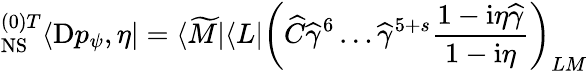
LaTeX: {}_{\mathrm{NS}}^{(0)T}\langle\mathrm{D}p_{\psi},\eta|=\langle\widetilde M|\langle L|\left(\widehat C{\widehat{\gamma}}^{6}\dots{\widehat{\gamma}}^{5+s}\frac{1-\mathrm{i}\eta\widehat\gamma}{1-\mathrm{i}\eta}\right)_{LM}